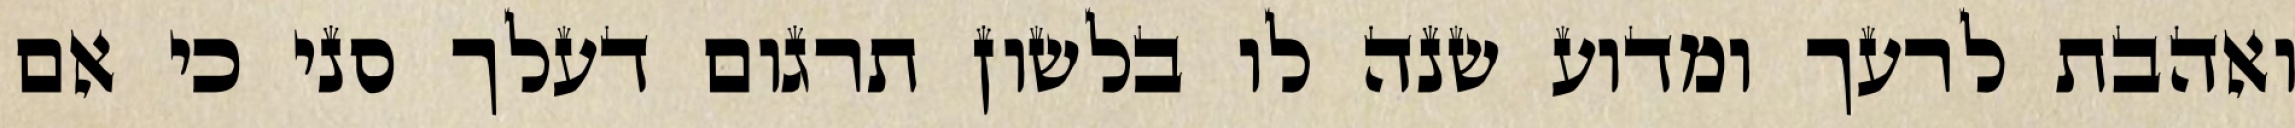
ואהבת לרעך ומדוע שנה לו בלשון תרגום דעלך סני כי אם